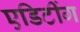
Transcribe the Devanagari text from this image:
एडिटींग